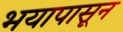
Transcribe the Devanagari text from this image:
भयापासून